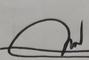
Signature authenticity: genuine